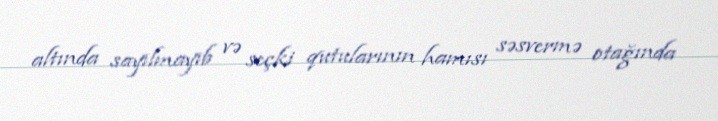
altında sayılmayıb və seçki qutularının hamısı səsvermə otağında